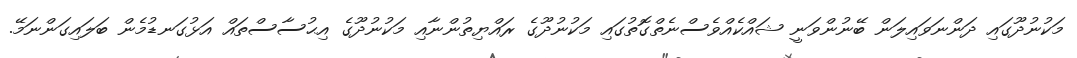
މަކުނުދޫގައި ދަންނަވައިލަން ބޭނުންވަނީ ޝައްކެއްވެސްނެތްގޮތުގައި މަކުނުދޫގެ ރައްޔިތުންނާއި މަކުނުދޫގެ އިޙުސާސްތައް އަޅުގަނޑުމެން ބަލައިގަންނަމޭ.